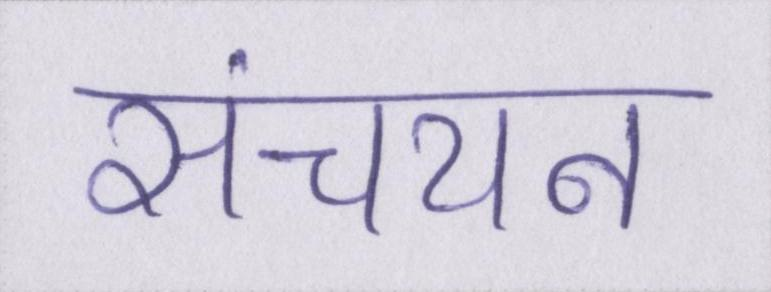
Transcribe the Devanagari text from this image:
संचयन